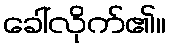
ခေါ်လိုက်၏။